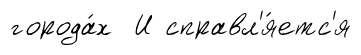
города́х И справл'я́етс'я